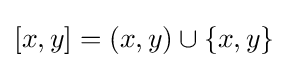
[x,y]=(x,y)\cup \{x,y\}